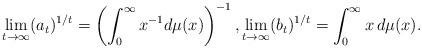
LaTeX: \begin{align*}\lim_{t\rightarrow \infty} (a_t)^{1/t}=\left(\int_0^\infty x^{-1}d\mu(x)\right)^{-1},\lim_{t\rightarrow \infty}(b_t)^{1/t}=\int_0^\infty x\,d\mu(x).\end{align*}